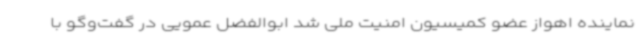
نماینده اهواز عضو کمیسیون امنیت ملی شد ابوالفضل عمویی در گفت‌وگو با